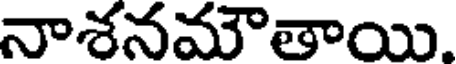
నాశనమౌతాయి.